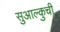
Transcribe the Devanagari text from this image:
सुआल्कुची